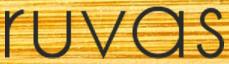
ruvas